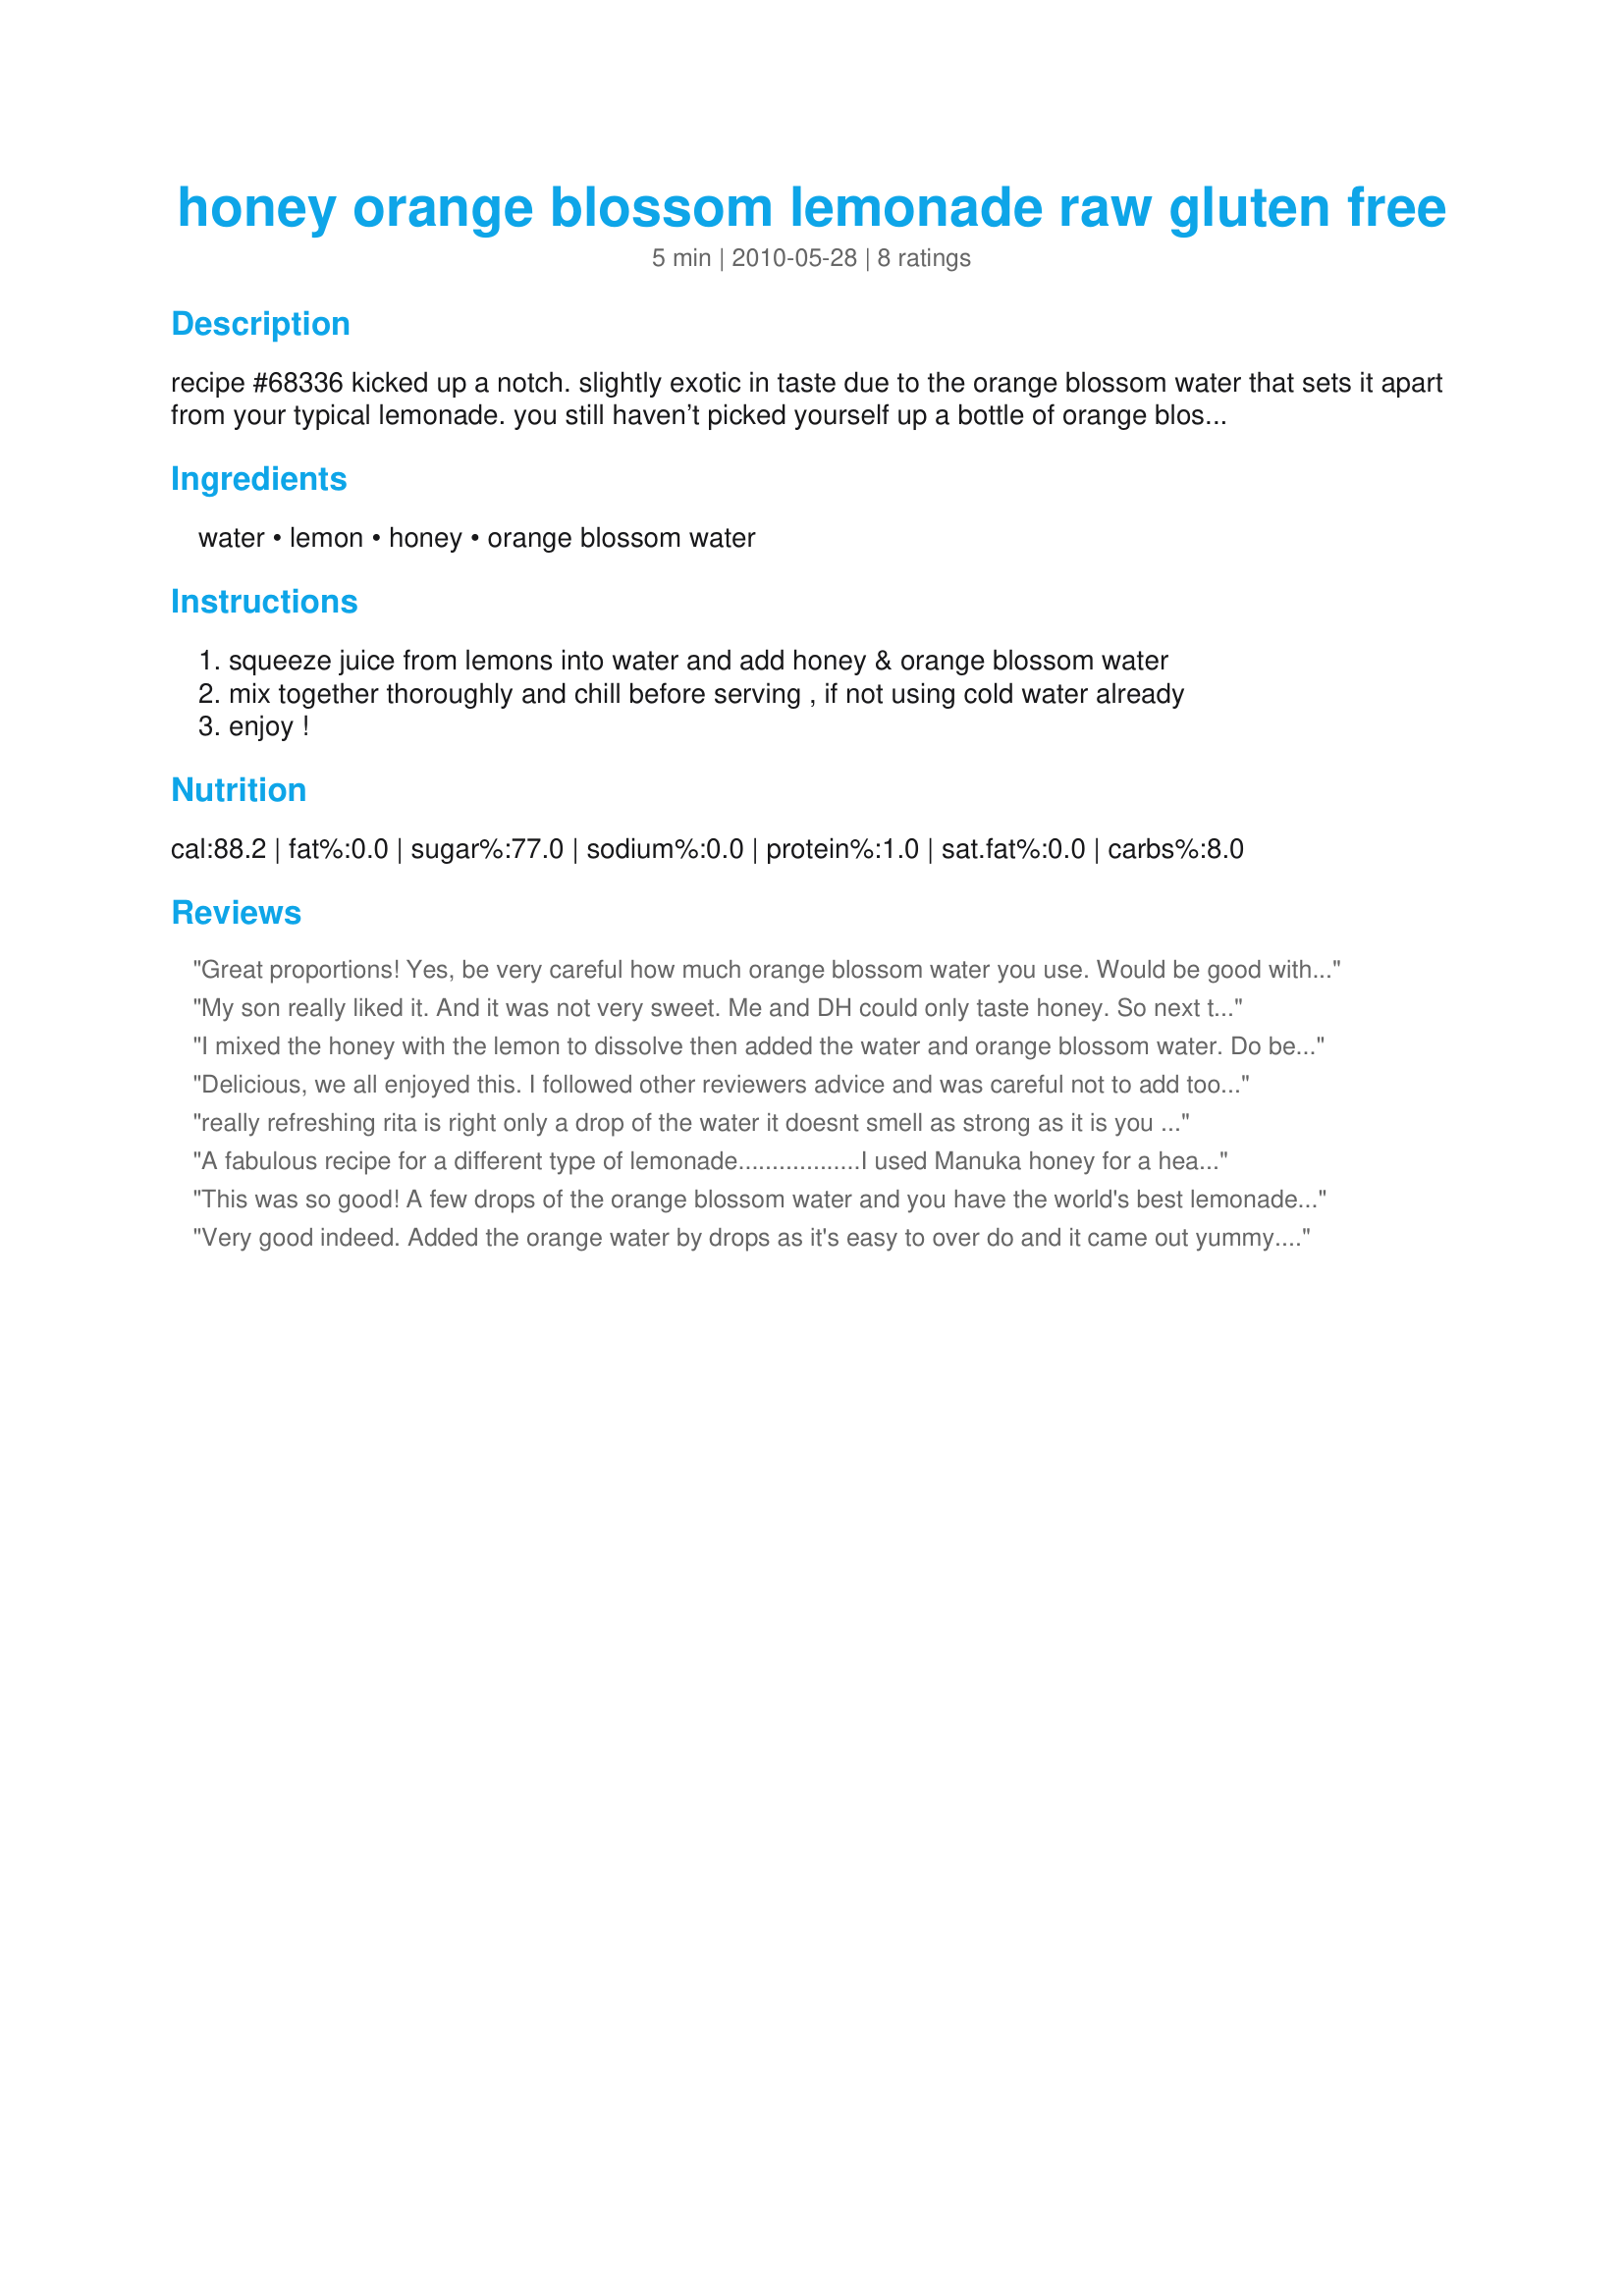
honey orange blossom lemonade raw gluten free
Preparation time: 5 minutes

recipe #68336 kicked up a notch. slightly exotic in taste due to the orange blossom water that sets it apart from your typical lemonade. you still haven’t picked yourself up a bottle of orange blossom water? get to a greek or middle eastern market! orange blossom water is a wonderful addition to many raw smoothies. you will have yourself a new adoration.

Ingredients:
water, lemon, honey, orange blossom water

Steps:
squeeze juice from lemons into water and add honey & orange blossom water
mix together thoroughly and chill before serving , if not using cold water already
enjoy !

Reviews:
Great proportions! Yes, be very careful how much orange blossom water you use. Would be good with rose water subbed for the orange blossom. Served over ice. Delicious! Reviewed for Veg Tag/April.
My son really liked it. And it was not very sweet. Me and DH could only taste honey. So next time I'll sweeten it with something else maybe Splenda. Thanks UmmBinat :( Made for Ramadan tag game
I mixed the honey with the lemon to dissolve then added the water and orange blossom water. Do be sure to use just a touch. A little goes a long way! Made for ZWT 6 Thanks!
Delicious, we all enjoyed this. I followed other reviewers advice and was careful not to add too much orange blossom water, and I dissolved the honey in the lemon juice as Rita suggested. Great summertime refreshment, good for you too. Thanks UmmBinat!
really refreshing rita is right only a drop of the water it doesnt smell as strong as it is you can always add not take awayzaar 6 tour
A fabulous recipe for a different type of lemonade..................I used Manuka honey for a health drink and also home-made orange blossom water! Thanks so much!
This was so good! A few drops of the orange blossom water and you have the world's best lemonade! Never thought of doing this and so glad I saw this recipe. Thanks.
Very good indeed. Added the orange water by drops as it's easy to over do and it came out yummy. Very simple to make so this would be easy to keep in the refrigerator in a big pitcher for easy grabbing. It hits the spot when the temps soar in the summer.
